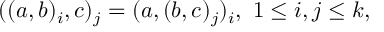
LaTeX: ( ( a , b ) _ { i } , c ) _ { j } = ( a , ( b , c ) _ { j } ) _ { i } , \ 1 \leq i , j \leq k ,